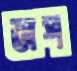
জপ